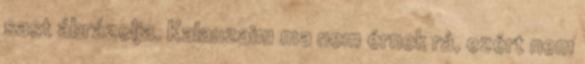
sast ábrázolja. Kalauzaim ma nem érnek rá, ezért nem